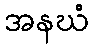
အနဃံ